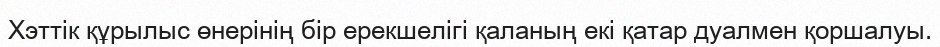
Хэттік құрылыс өнерінің бір ерекшелігі қаланың екі қатар дуалмен қоршалуы.